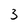
Character: 3